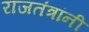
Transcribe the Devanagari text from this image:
राजतंत्रांनी